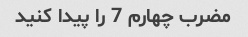
مضرب چهارم 7 را پیدا کنید